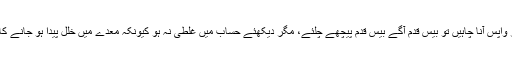
اگر آپ گھر واپس آنا چاہیں تو بیس قدم آگے بیس قدم پیچھے چلئے، مگر دیکھئے حساب میں غلطی نہ ہو کیونکہ معدے میں خلل پیدا ہو جانے کا اندیشہ ہے۔